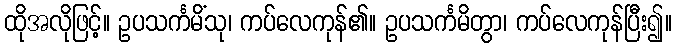
ထိုအလိုဖြင့်။ ဥပသင်္ကမိံသု၊ ကပ်လေကုန်၏။ ဥပသင်္ကမိတွာ၊ ကပ်လေကုန်ပြီး၍။